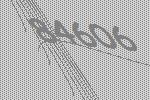
84606